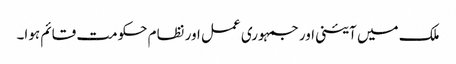
ملک میں آئینی اور جمہوری عمل اور نظام حکومت قائم ہوا۔